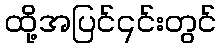
ထို့အပြင်၎င်းတွင်